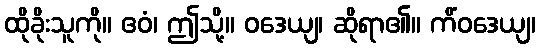
ထိုခိုးသူကို။ ဧဝံ၊ ဤသို့။ ဝဒေယျ၊ ဆိုရာ၏။ ကိံဝဒေယျ၊